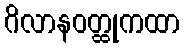
ဂိလာနဝတ္ထုကထာ